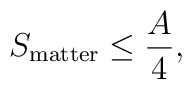
S_{\rm matter} \leq \frac{A}{4},